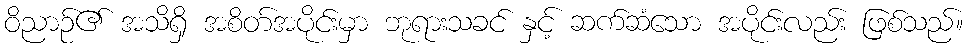
ဝိညာဉ်၏ အသိရှိ အစိတ်အပိုင်းမှာ ဘုရားသခင် နှင့် ဆက်ဆံသော အပိုင်းလည်း ဖြစ်သည်။